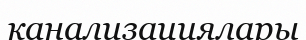
канализациялары